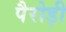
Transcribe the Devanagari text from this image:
पैरोड़ी